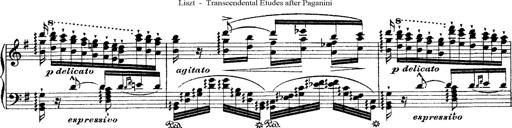
Title: Ã‰tudes d'exÃ©cution transcendante d'aprÃ¨s Paganini
Composer: Franz Liszt